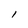
Character: l